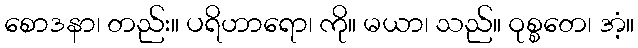
စောဒနာ၊ တည်း။ ပရိဟာရော၊ ကို။ မယာ၊ သည်။ ဝုစ္စတေ၊ အံ့။